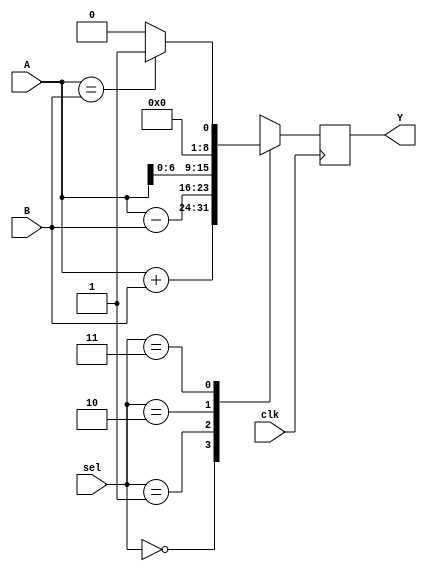
module ALU (input [7:0] A,
            input [7:0] B,
            input [1:0] sel,
            input clk,
            output reg [7:0] Y);

always @(posedge clk) begin
    
    case(sel)
        
        // A + B
        2'b00: Y <= A+B;
        
        // A - B
        2'b01: Y <= A-B;
        
        // Left Shift A
        2'b10: Y <= A<<1;
        
        // Compare A and B, generate a carry
        2'b11: Y <= (A == B)? 1'b1: 1'b0;
        
    endcase
end

endmodule